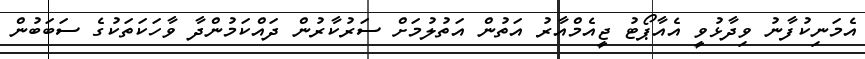
އެމަނިކުފާނު ވިދާޅުވީ އެއާޕޯޓު ޖީއެމްއާރު އަތުން އަތުލުމަށް ސަރުކާރުން ދައްކަމުންދާ ވާހަކަތަކުގެ ސަބަބުން